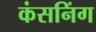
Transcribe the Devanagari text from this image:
कंसनिंग